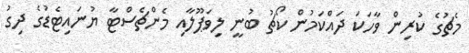
މެޗުގެ ކުރިން ވާހަކަ ދައްކަމުން ކޯޗު ބުނީ ލިވަޕޫލާއި މެންޗެސްޓާ ޔުނައިޓެޑުގެ ދިގު